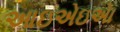
આઇએઇએા